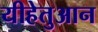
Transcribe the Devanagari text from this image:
यीहेतुआन